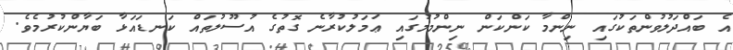
އެ ބައްދަލުވުންތަކުގައި ނިންމާ ކަންކަން ނިންމުމުގައި ޢަމަލުކުރާނެ ގޮތުގެ އުސޫލުތައް ކަނޑައަޅާ ބަޔާންކުރުމެވެ.